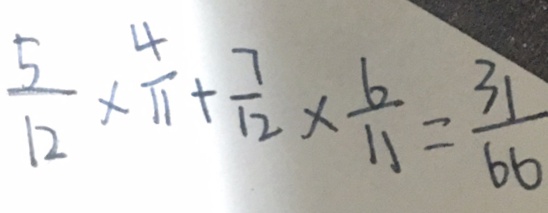
\frac { 5 } { 1 2 } \times \frac { 4 } { 1 1 } + \frac { 7 } { 1 2 } \times \frac { 6 } { 1 1 } = \frac { 3 1 } { 6 6 }